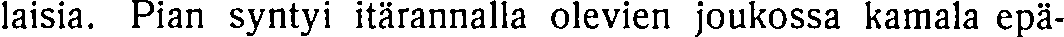
laisia. Pian syntyi itärannalla olevien joukossa kamala epä-